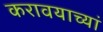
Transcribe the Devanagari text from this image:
करावयाच्यां